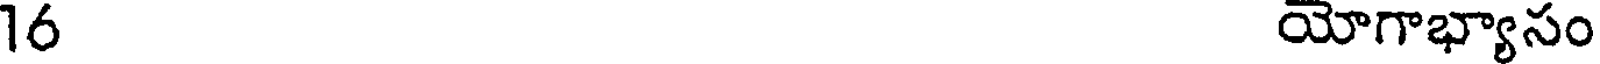
16 యోగాభ్యాసం